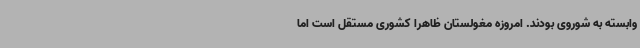
وابسته به شوروی بودند. امروزه مغولستان ظاهراً کشوری مستقل است اما